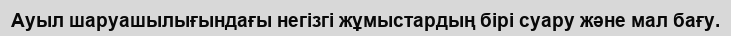
Ауыл шаруашылығындағы негізгі жұмыстардың бірі суару және мал бағу.